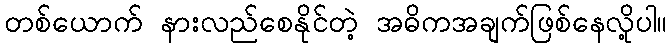
တစ်ယောက် နားလည်စေနိုင်တဲ့ အဓိကအချက်ဖြစ်နေလို့ပါ။